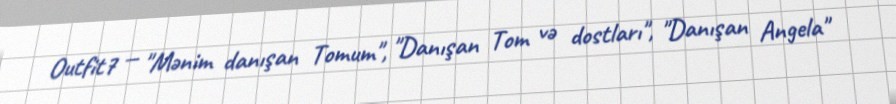
Outfit7 — "Mənim danışan Tomum", "Danışan Tom və dostları", "Danışan Angela"